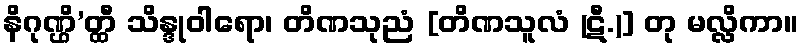
နိဂုဏ္ဌိ’တ္ထီ သိန္ဒုဝါရော၊ တိဏသုညံ [တိဏသူလံ (ဋီ.)] တု မလ္လိကာ။